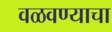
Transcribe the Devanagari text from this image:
वळवण्याचा